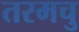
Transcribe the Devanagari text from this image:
तरमचु